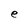
Character: e